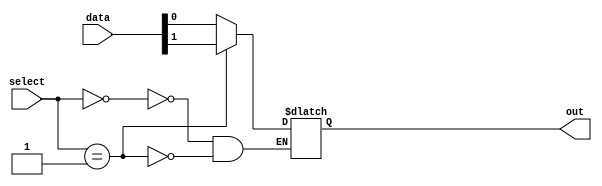
module mux64to1(
    input [63:0] data,
    input [5:0] select,
    output reg out
);

always @(select)
begin
    case(select)
        6'b000000: out = data[0];
        6'b000001: out = data[1];
        // Continue with cases for all 64 input data lines
        // Example: 6'b111111: out = data[63];
    endcase
end

endmodule